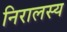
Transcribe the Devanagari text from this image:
निरालस्य